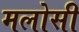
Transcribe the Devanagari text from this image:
मलोसी